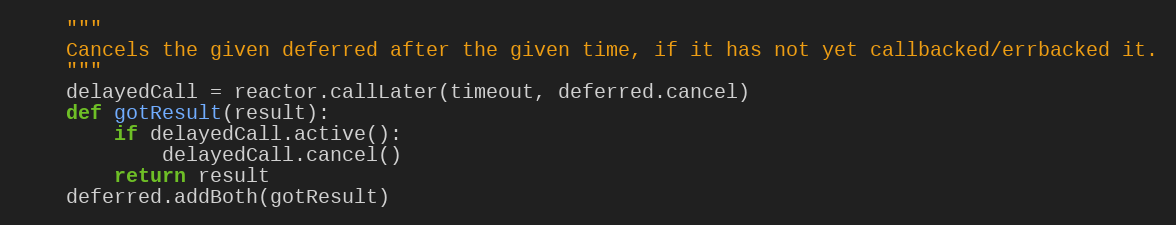
Language: Python
    """
    Cancels the given deferred after the given time, if it has not yet callbacked/errbacked it.
    """
    delayedCall = reactor.callLater(timeout, deferred.cancel)
    def gotResult(result):
        if delayedCall.active():
            delayedCall.cancel()
        return result
    deferred.addBoth(gotResult)